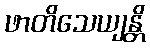
ဖာတိသေယျန္တိ